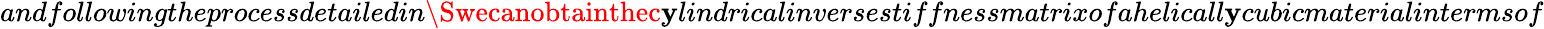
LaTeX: andfollowingtheprocessdetailedin\Swecanobtainthec\mathbf{y}lindricalinversestiffnessmatrixofahelicall\mathbf{y}cubicmaterialintermsof